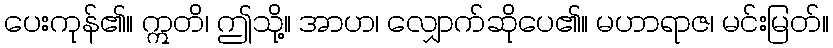
ပေးကုန်၏။ ဣတိ၊ ဤသို့။ အာဟ၊ လျှောက်ဆိုပေ၏။ မဟာရာဇ၊ မင်းမြတ်။